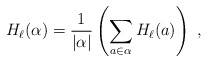
\begin{align*}H_\ell(\alpha)= {1\over |\alpha|}\left(\sum_{a\in \alpha} H_\ell(a)\right)~,\end{align*}